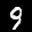
Label: 9